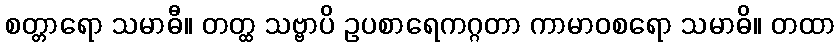
စတ္တာရော သမာဓီ။ တတ္ထ သဗ္ဗာပိ ဥပစာရေကဂ္ဂတာ ကာမာဝစရော သမာဓိ။ တထာ